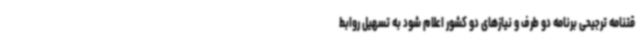
قتنامه ترجیحی برنامه دو طرف و نیازهای دو کشور اعلام شود به تسهیل روابط